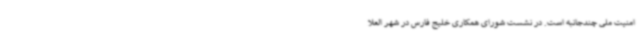
امنیت ملی چندجانبه است. در نشست شورای همکاری خلیج فارس در شهر العلا